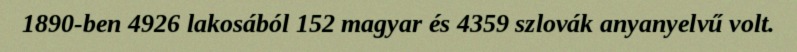
1890-ben 4926 lakosából 152 magyar és 4359 szlovák anyanyelvű volt.